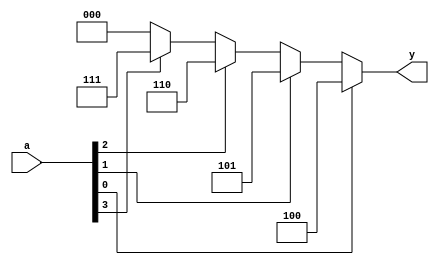
`timescale 1ns/1ns

module enc(a, y);
	input  [3:0] a;
	output [2:0] y;
	reg    [2:0] y;
	
	always@(a) begin
		if(a[0] == 1'b1) begin
			y <= 3'b100;
		end else if(a[1] == 1'b1) begin
			y <= 3'b101;
		end else if(a[2] == 1'b1) begin
			y <= 3'b110;
		end else if(a[3] == 1'b1) begin
			y <= 3'b111;
		end else begin
			y <= 3'b000;
		end
	end
	
endmodule